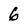
Character: 6